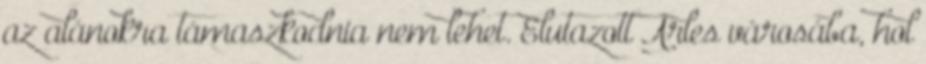
az alánokra támaszkodnia nem lehet. Elutazott Arles városába, hol